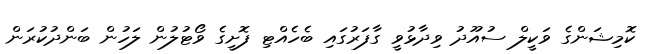
ކޮމިޝަންގެ ވަކީލް ސުއޫދު ވިދާޅުވީ ގާފަރުގައި ބެހެއްޓި ފޮށީގެ ވޯޓުލުން ލަހުން ބަންދުކުރަން